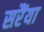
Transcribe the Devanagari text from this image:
सरैंया